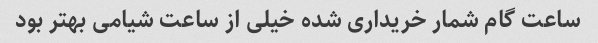
ساعت گام شمار خریداری شده خیلی از ساعت شیامی بهتر بود